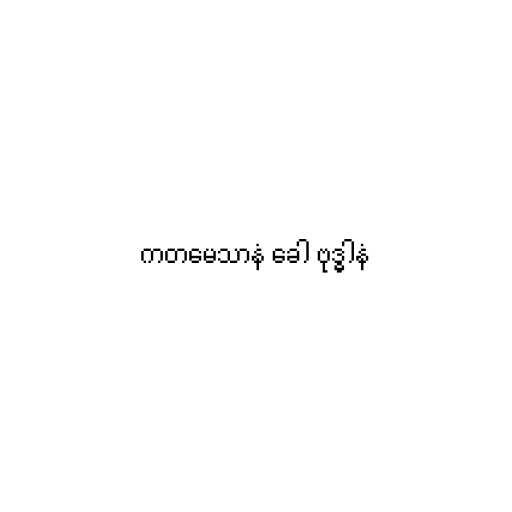
ကတမေသာနံ ခေါ ဗုဒ္ဓါနံ